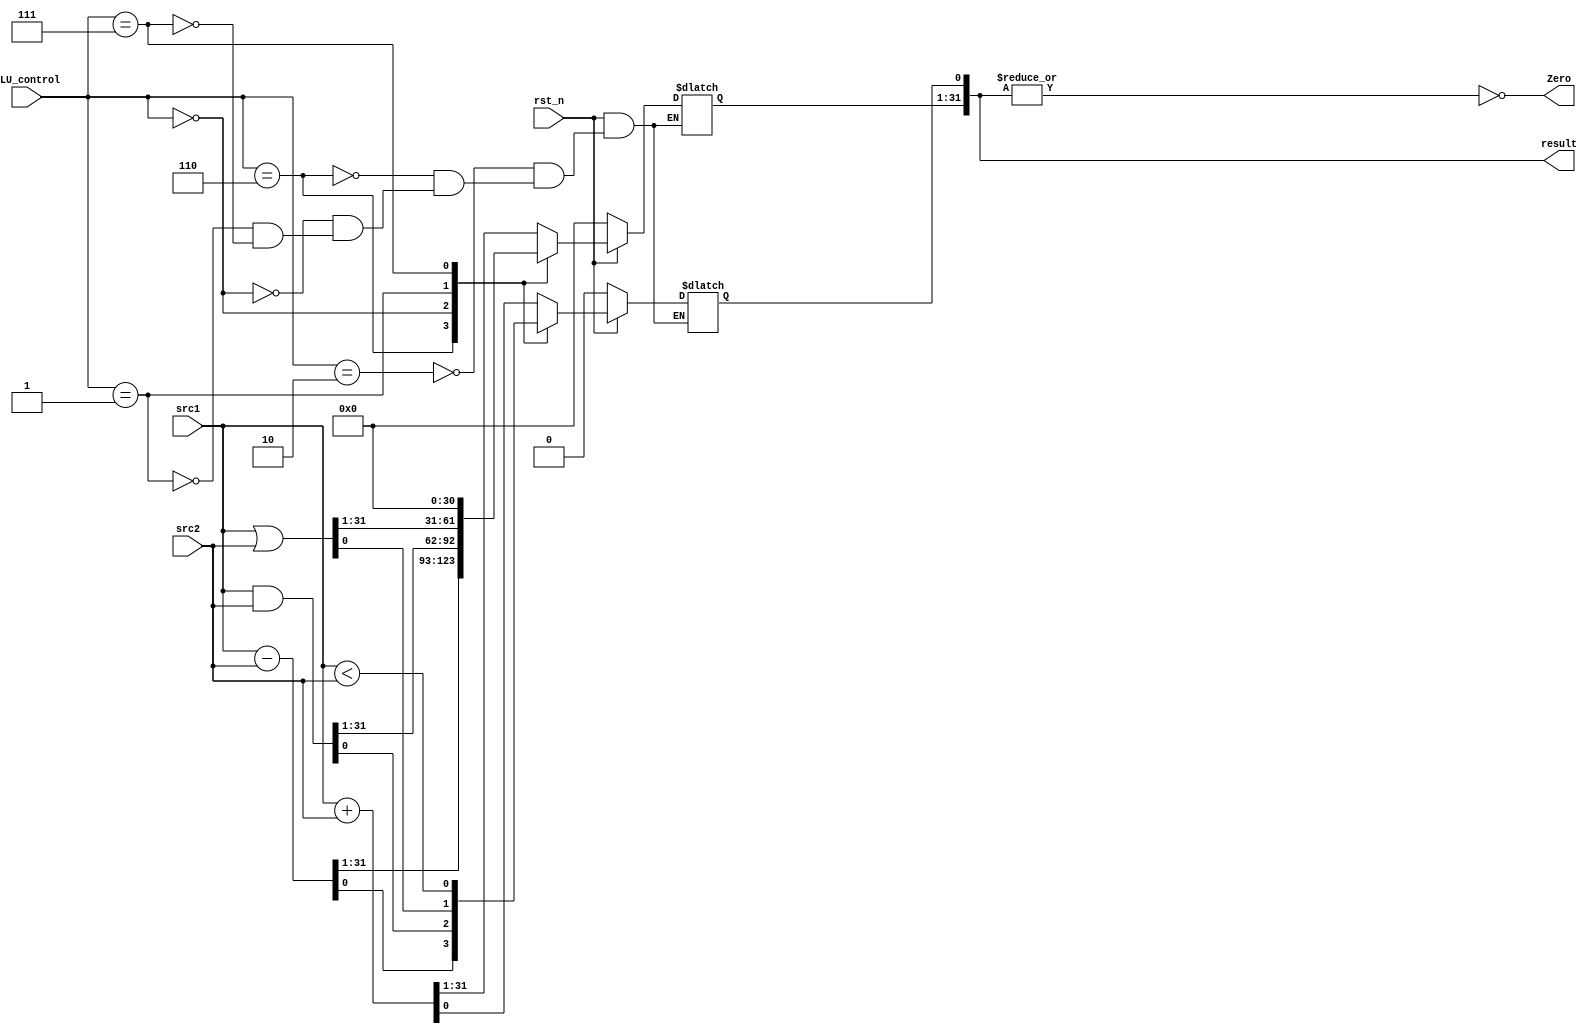
`timescale 1ns/1ps

module alu(
    input                   rst_n,         // negative reset            (input)
    input        [32-1:0]   src1,          // 32 bits source 1          (input)
    input        [32-1:0]   src2,          // 32 bits source 2          (input)
    input        [ 4-1:0]   ALU_control,   // 4 bits ALU control input  (input)
    output reg   [32-1:0]   result,        // 32 bits result            (output)
    output               Zero          // 1 bit when the output is 0, zero must be set (output)
);

/* Write your code HERE */
reg signed[32-1:0] a,b;

assign Zero = ~(|result);

always @(*) begin

    a <= src1;
    b <= src2;
    if(~rst_n)begin
        result <= 0;
    end
    else begin
        case(ALU_control)
            4'b0010: // add
                result <= a + b;
            4'b0110://sub
                result <= a - b;
            4'b0000://and
                result <= a & b;
            4'b0001://or
                result <= a | b;
            4'b0111://slt
                begin
                    result[0] <= (a < b);
                    result[31:1] <= 0;
                end
            default:
                result <= result;

        endcase
    end

    
end





endmodule